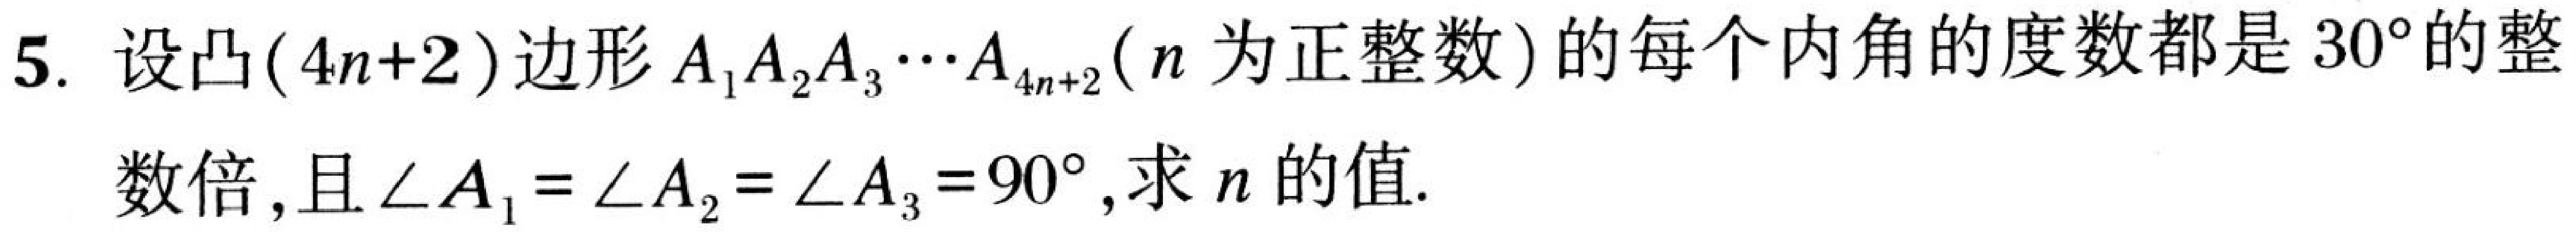
5. 设凸\((4n + 2)\)边形\(A_{1}A_{2}A_{3}\cdots A_{4n + 2}(n\)为正整数\()\)的每个内角的度数都是\(30^{\circ}\)的整
数倍，且\(\angle A_{1}=\angle A_{2}=\angle A_{3}=90^{\circ}\), 求\(n\)的值.